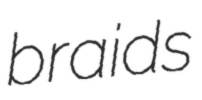
braids